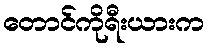
တောင်ကိုရီးယားက